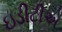
ઇડીટીએ